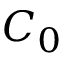
C _ { 0 }